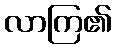
လာကြ၏